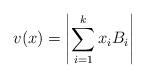
LaTeX: \begin{align*}v(x)=\left|\sum_{i=1}^k x_i B_i \right|\end{align*}